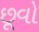
છૂવો